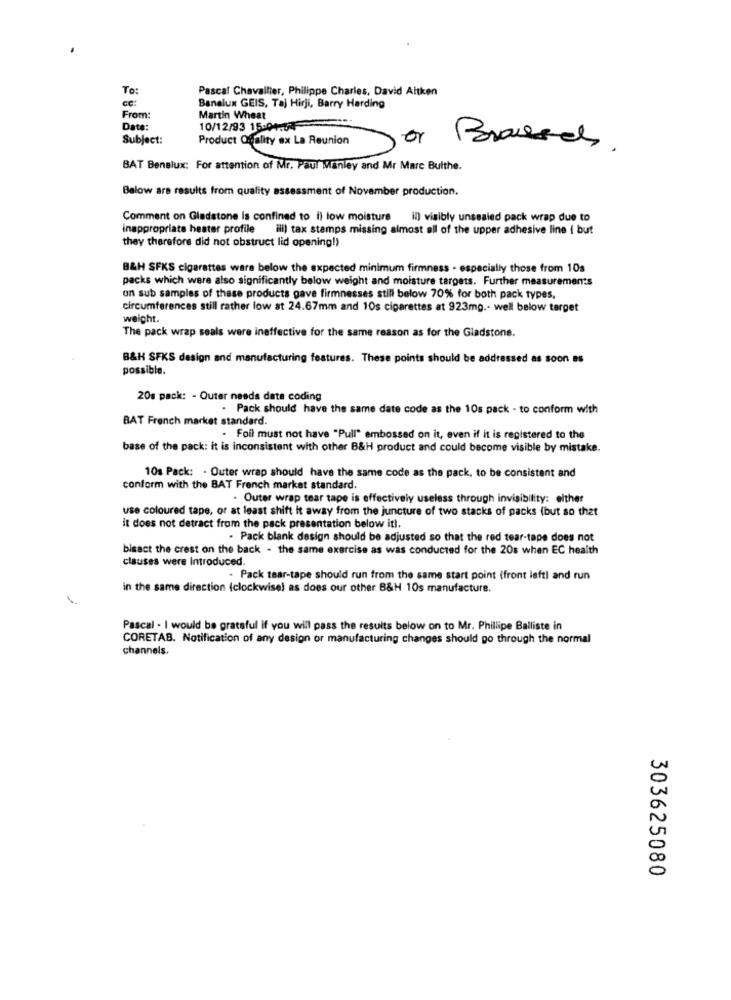
To:
Pascal Chavallier, Philippe Charles, David Aitken
cc:
Benelux GEIS, Taj Hirji, Barry Harding
From:
Martin Wheat
Date:
10/12/93 15:04:54
Subject:
Product Quality ex La Reunion
Bransch.
BAT Benelux: For attention of Mr. Paul Manley and Mr Marc Bulthe.
Below are results from quality assessment of November production.
Comment on Gladstone is confined to i) low moisture il) visibly unsealed pack wrap due to
inappropriate heater profile
ill) tax stamps missing almost all of the upper adhesive line { but
they therefore did not obstruct lid opening!)
B&H SFKS cigarettes were below the expected minimum firmness - especially those from 10s
packs which were also significantly below weight and moisture targets. Further measurements
on sub samples of these products gave firmnesses still below 70% for both pack types,
circumferences still rather low at 24.67mm and 10s cigarettes at 923mg .- well below target
weight.
The pack wrap seals were ineffective for the same reason as for the Gladstone.
B&H SFKS design and manufacturing features. These points should be addressed as soon as
possible.
20g pack: - Outer needs date coding
. Pack should have the same date code as the 10s pack - to conform with
BAT French market standard.
. Foil must not have "Pull" embossed on it, even if it is registered to the
base of the pack: it is inconsistent with other B&H product and could become visible by mistake.
10s Pack: . Outer wrap should have the same code as the pack, to be consistent and
conform with the BAT French market standard.
. Outer wrap tear tape is effectively useless through invisibility: elther
use coloured tape, or at least shift it away from the juncture of two stacks of packs (but so that
it does not detract from the pack presentation below it !.
- Pack blank design should be adjusted so that the red tear-tape does not
bisect the crest on the back - the same exercise as was conducted for the 20s when EC heaith
clauses were Introduced.
. Pack tear-tape should run from the same start point (front leftl and run
in the same direction (clockwise) as does our other B&H 10s manufacture.
Pascal . I would be grateful if you will pass the results below on to Mr. Phillipe Balliste in
CORETAB. Notification of any design or manufacturing changes should go through the normal
channels.
303625080